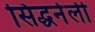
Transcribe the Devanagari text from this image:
सिद्धनेर्ली